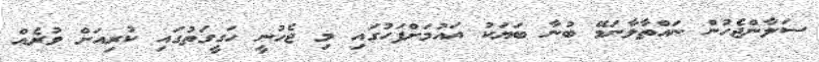
ސަލާންޖެހުން ނައްތާލާނަމޭ ބުނާ ބަޔަކު އައުމަށްފަހުގައި މި ޖެހުނީ ހަގީގަތުގައި ކުރިއަށް ވުރެއް